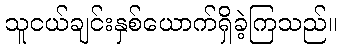
သူငယ်ချင်းနှစ်ယောက်ရှိခဲ့ကြသည်။